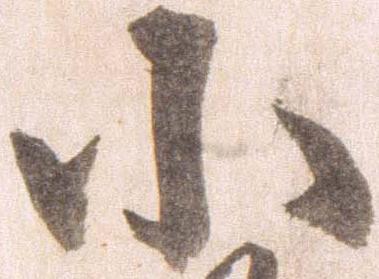
小